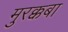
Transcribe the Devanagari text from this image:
मुरक्कबा